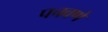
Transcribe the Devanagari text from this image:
पचवणे